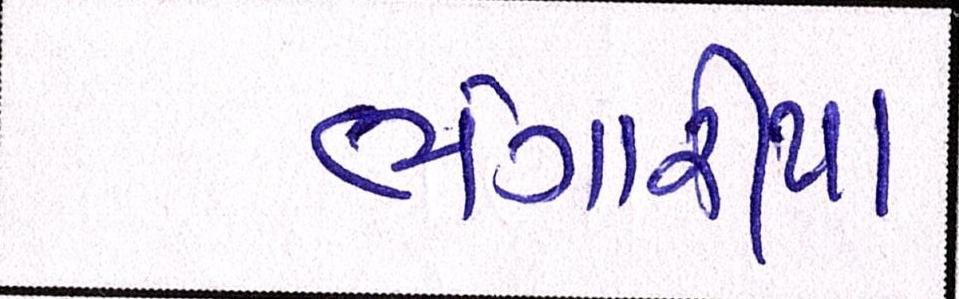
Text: ભંગારીયા